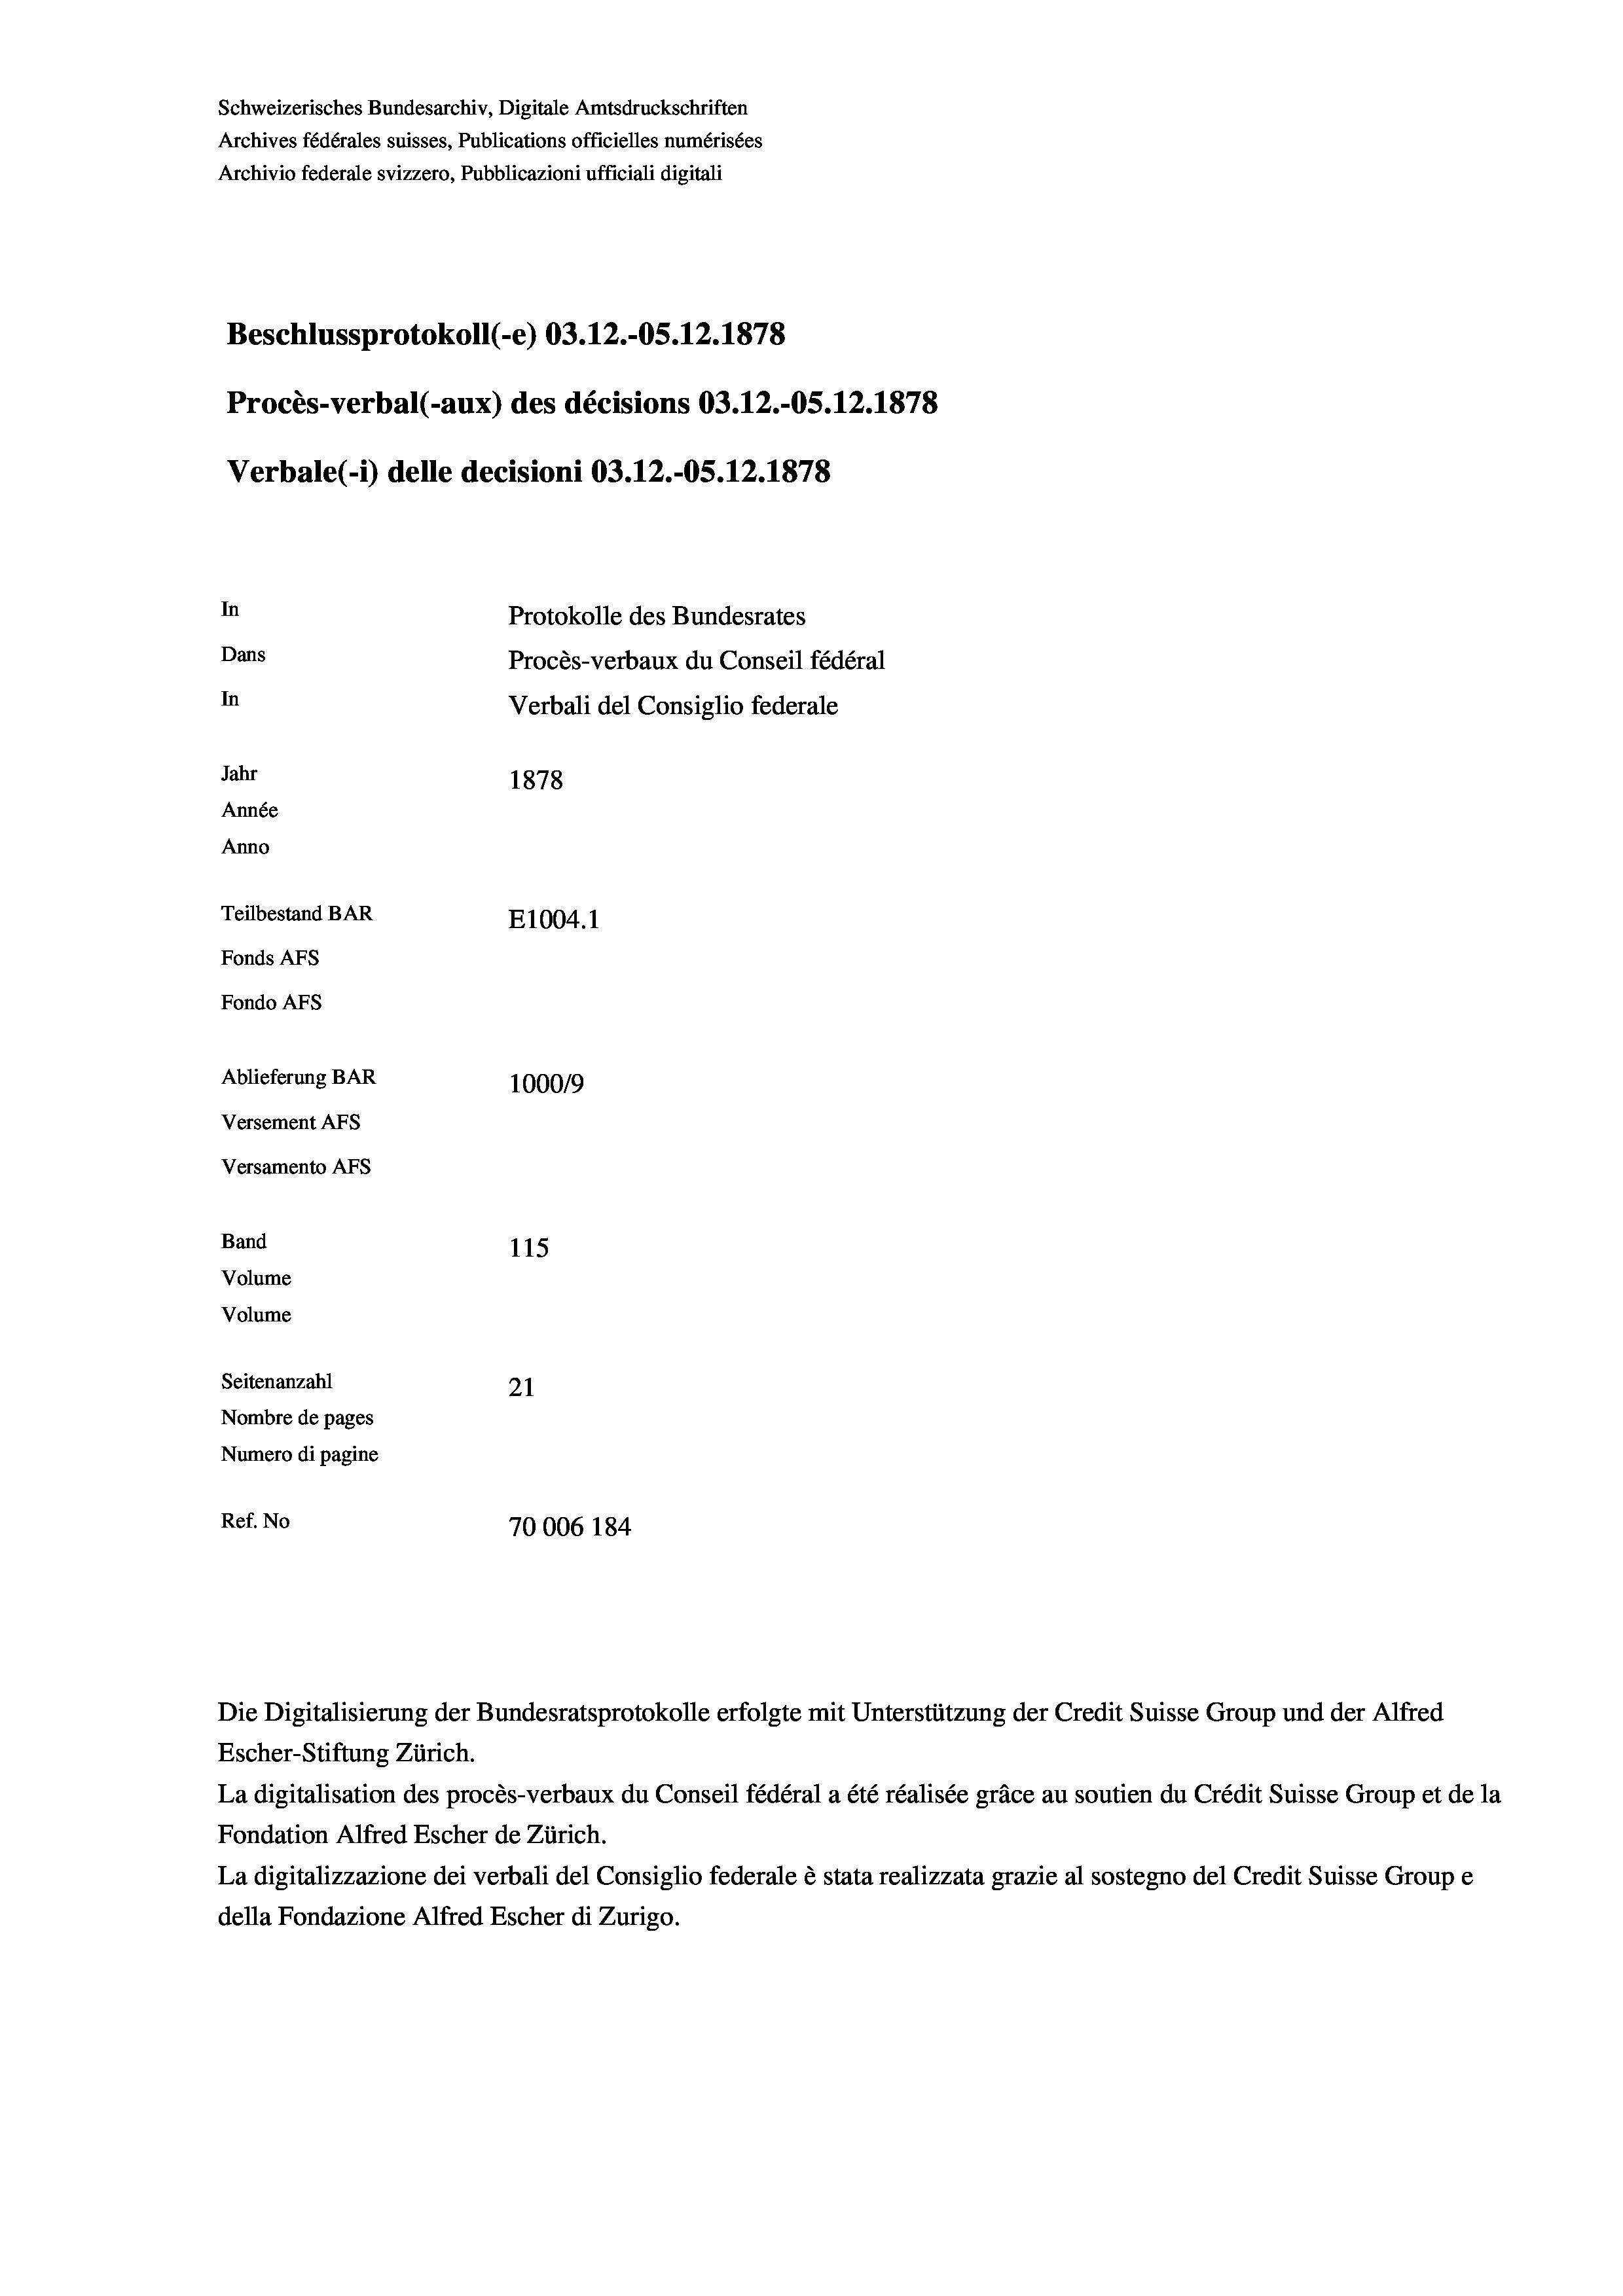
Schweizerisches Bundesarchiv, Digitale Amtsdruckschriften
Archives fédérales suisses, Publications officielles numérisées
Archivio federale svizzero, Pubblicazioni ufficiali digitali
Beschlussprotokoll (-e) 03.12.-05. 12. 1878
Procès-verbal (-aux) des décisions 03.12.-OS.12.1878
Verbale(*) delle decisioni 03.12.-OS. 12. 1878
In
Protokolle des Bundesrates
Dans
Procès-verbaux du Conseil fédéral
In
Verbali del Consiglio federale
Jahr
1878
Année
Anno
Teilbestand BAR
E1004. 1
Fonds AFs
Fondo Afs
Ablieferung BAR
100019
Versement As
Versamento AFs
Band
115
Volume
Volume
Seitenanzahl
21
Nombre de pages
Numero di pagine
Ref. No
70006 184

Escher-Stiftung Zürich.
La digitalisation des procès-verbaux du Conseil fédéral a été réalisée gräce au soutien du Crédit Suisse Group et de la
Fondation Alfred Escher de Zürich.
La digitalizzazione dei verbali del Consiglio federale è stata realizzata grazie al sostegno del Credit Suisse Groupe
della Fondazione Alfred Escher di Zurigo.

Die Digitalisierung der Bundesratsprotokolle erfolgte mit Unterstützung der Credit Suisse Group und der Alfred